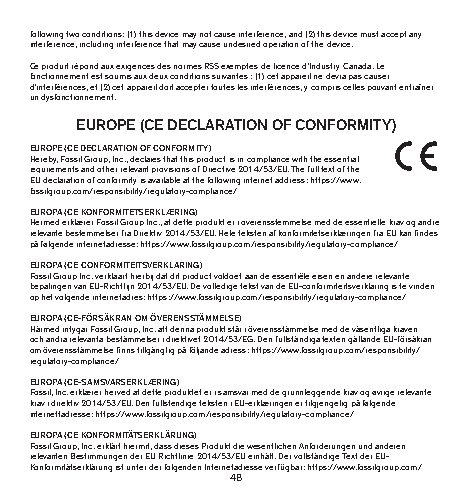
following two conditions: (1) this device may not cause interference, and (2) this device must accept any
 interference, including interference that may cause undesired operation of the device.
 Ce produit répond aux exigences des normes RSS exemptes de licence d’Industry Canada. Le
 fonctionnement est soumis aux deux conditions suivantes : (1) cet appareil ne devra pas causer
 d’interférences, et (2) cet appareil doit accepter toutes les interférences, y compris celles pouvant entraîner
 un dysfonctionnement.
 EUROPE (CE DECLARATION OF CONFORMITY)
 EUROPE (CE DECLARATION OF CONFORMITY)
 Hereby, Fossil Group, Inc., declares that this product is in compliance with the essential
 requirements and other relevant provisions of Directive 2014/53/EU. The full text of the
 EU declaration of conformity is available at the following internet address: https://www.
 fossilgroup.com/responsibility/regulatory-compliance/
 EUROPA (CE KONFORMITETSERKLÆRING)
 Hermed erklærer Fossil Group Inc., at dette produkt er i overensstemmelse med de essentielle krav og andre
 relevante bestemmelser fra Direktiv 2014/53/EU. Hele teksten af konformitetserklæringen fra EU kan findes
 på følgende internetadresse: https://www.fossilgroup.com/responsibility/regulatory-compliance/
 EUROPA (CE CONFORMITEITSVERKLARING)
 Fossil Group Inc. verklaart hierbij dat dit product voldoet aan de essentiële eisen en andere relevante
 bepalingen van EU-Richtlijn 2014/53/EU. De volledige tekst van de EU-conformiteitsverklaring is te vinden
 op het volgende internetadres: https://www.fossilgroup.com/responsibility/regulatory-compliance/
 EUROPA (CE-FÖRSÄKRAN OM ÖVERENSSTÄMMELSE)
 Härmed intygar Fossil Group, Inc. att denna produkt står i överensstämmelse med de väsentliga kraven
 och andra relevanta bestämmelser i direktivet 2014/53/EG. Den fullständiga texten gällande EU-försäkran
 om överensstämmelse finns tillgänglig på följande adress: https://www.fossilgroup.com/responsibility/
 regulatory-compliance/
 EUROPA (CE-SAMSVARSERKLÆRING)
 Fossil, Inc. erklærer herved at dette produktet er i samsvar med de grunnleggende krav og øvrige relevante
 krav i direktiv 2014/53/EU. Den fullstendige teksten i EU-erklæringen er tilgjengelig på følgende
 internettadresse: https://www.fossilgroup.com/responsibility/regulatory-compliance/
 EUROPA (CE KONFORMITÄTSERKLÄRUNG)
 Fossil Group, Inc. erklärt hiermit, dass dieses Produkt die wesentlichen Anforderungen und anderen
 relevanten Bestimmungen der EU Richtlinie 2014/53/EU einhält. Der vollständige Text der EU-
 Konformitätserklärung ist unter der folgenden Internetadresse verfügbar: https://www.fossilgroup.com/
 48